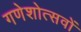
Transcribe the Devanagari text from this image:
गणेशोत्सवों